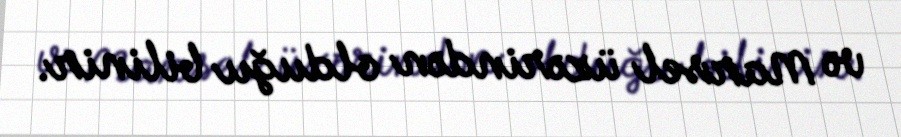
və Marsel üzərindən olduğu bilinir.